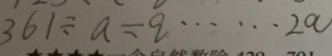
3 6 1 \div a = q \cdots 2 a